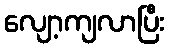
လျော့ကျလာပြီး